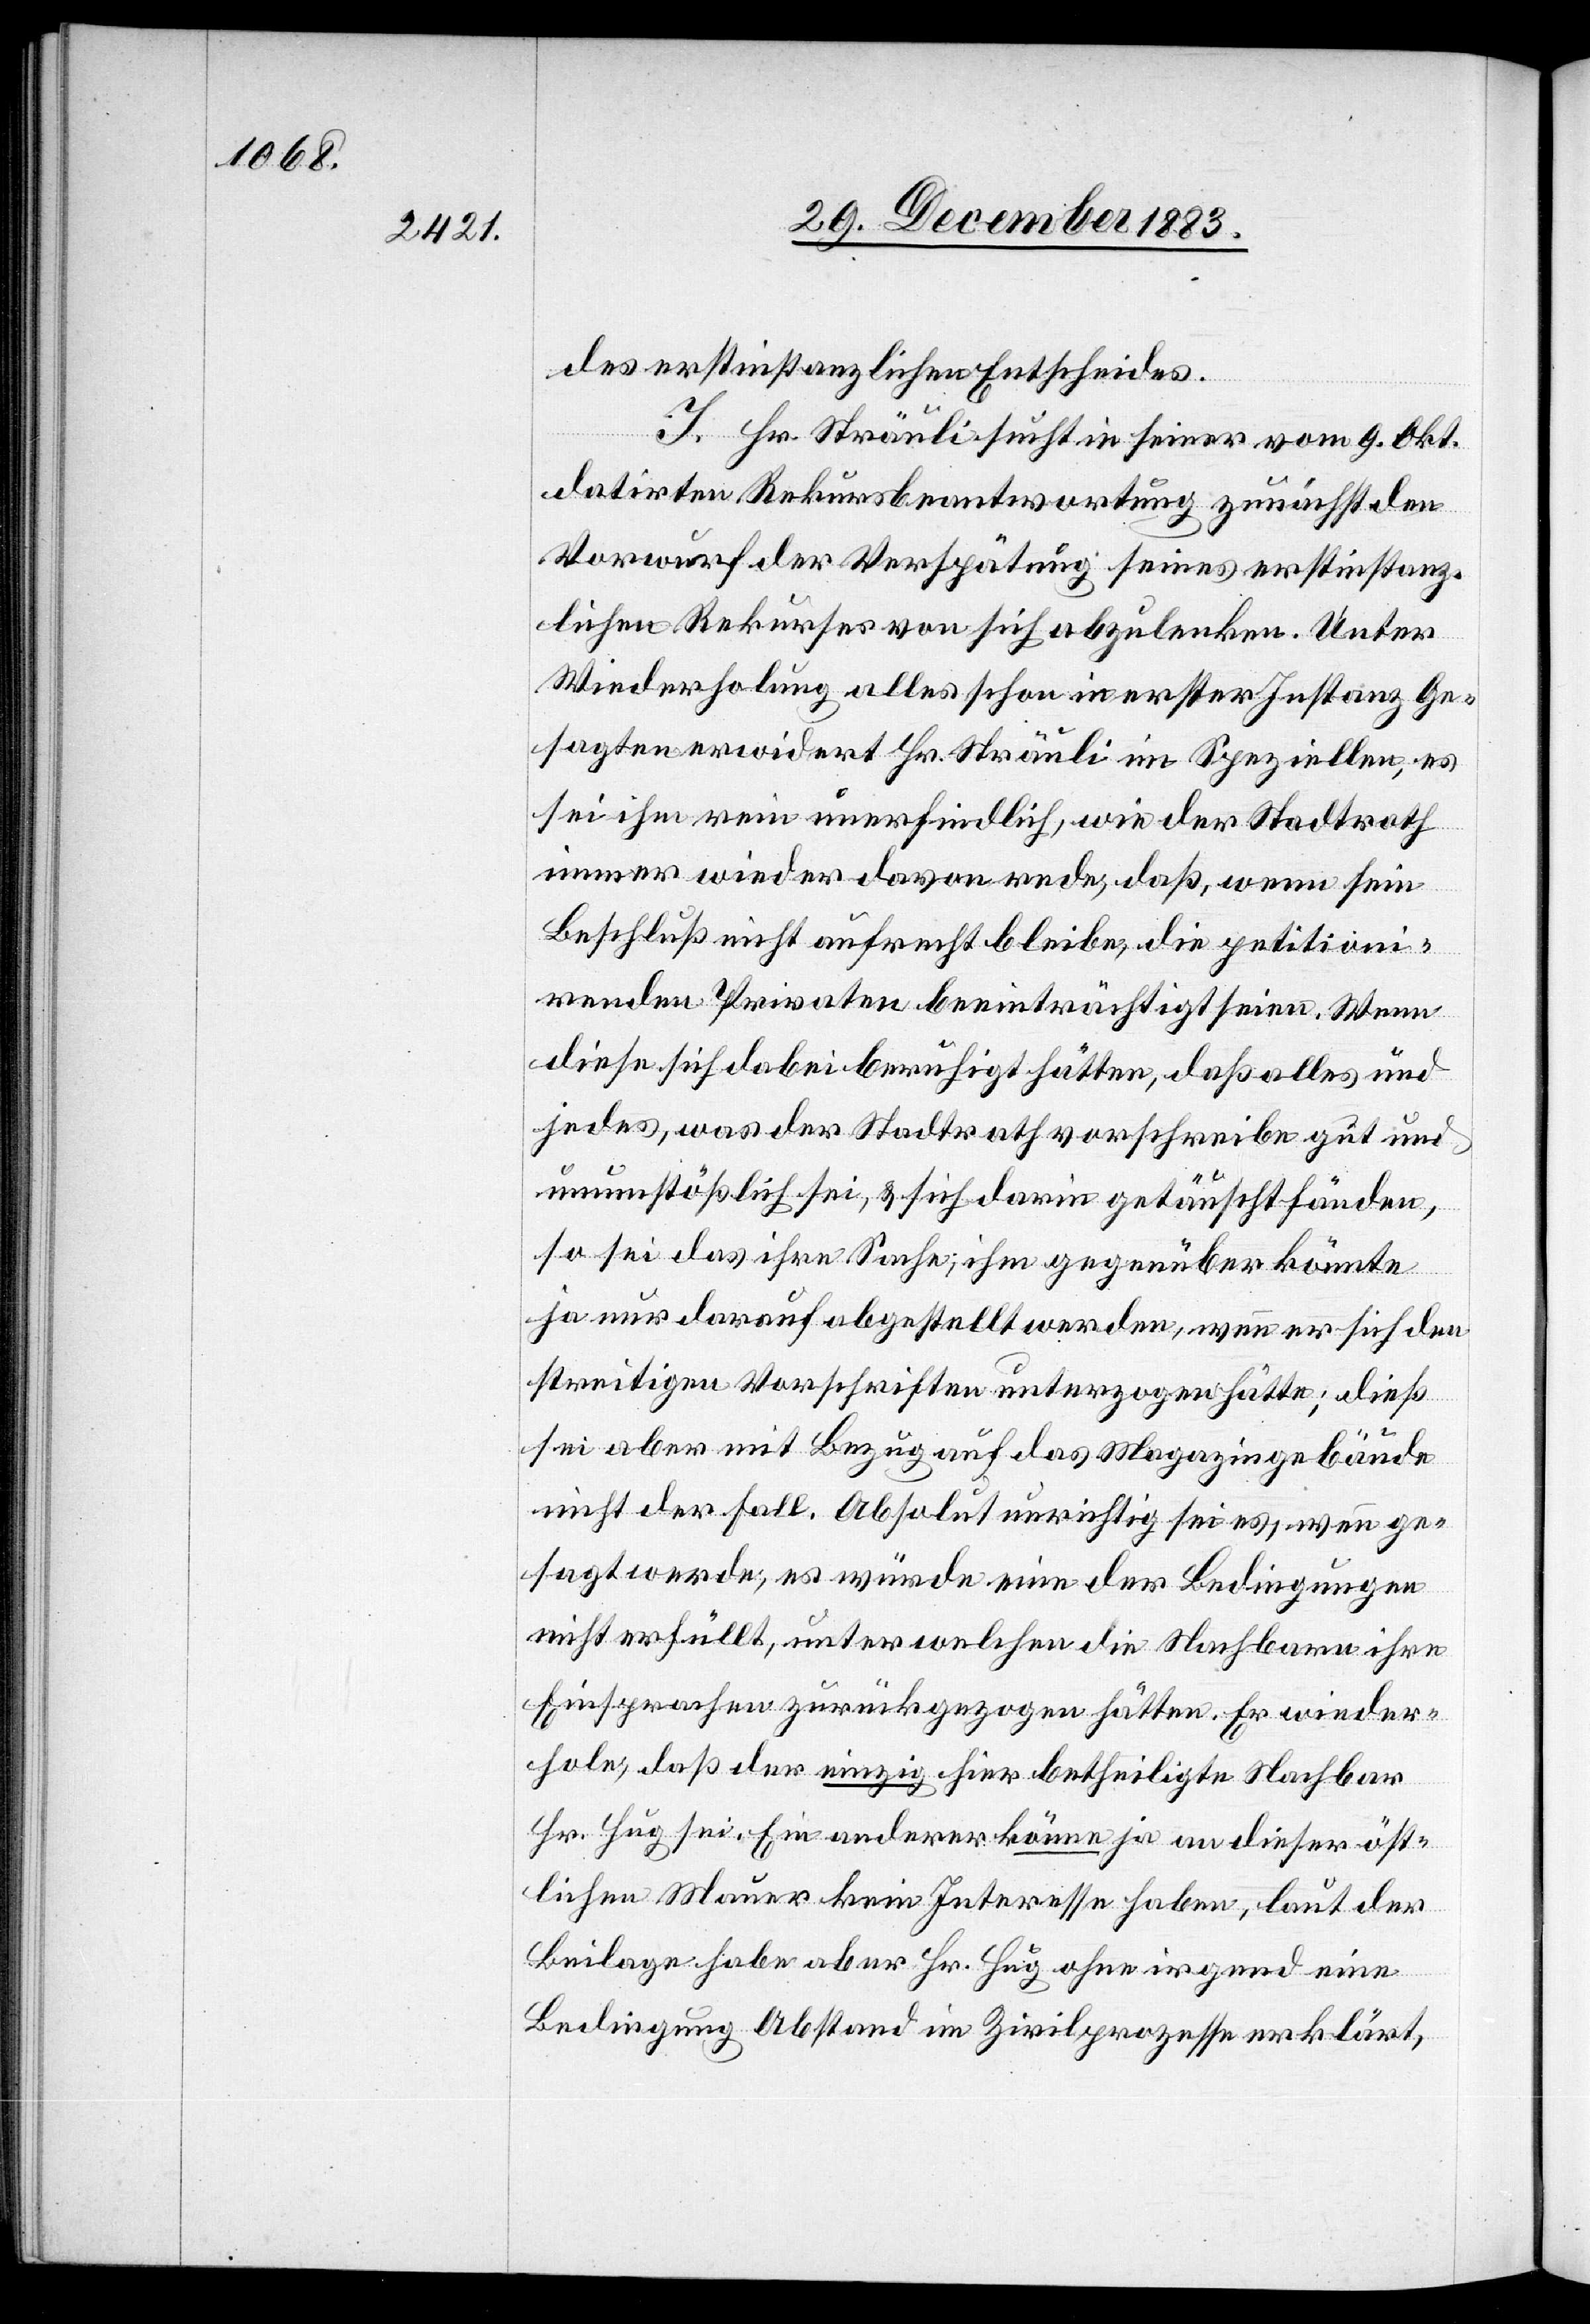
des erstinstanzlichen Entscheides.
I. Hr. Sträuli sucht in seiner vom 9. Okt.
datirten Rekursbeantwortung zunächst den
Vorwurf der Verspätung seines erstinstanz¬
lichen Rekurses von sich abzulenken. Unter
Wiederholung alles schon in erster Instanz Ge¬
sagten erwidert Hr. Sträuli im Speziellen, es
sei ihm rein unerfindlich, wie der Stadtrath
immer wieder davon rede, daß, wenn sein
Beschluß nicht aufrecht bleibe, die petitioni¬
renden Privaten beeinträchtigt seien. Wenn
diese sich dabei beruhigt hätten, daß alles und
jedes, was der Stadtrath vorschreibe gut und
unumstößlich sei, & sich darin getäuscht fänden,
so sei das ihre Sache, ihm gegenüber könnte
ja nur darauf abgestellt werden, wenn er sich den
streitigen Vorschriften unterzogen hätte; dieß
sei aber mit Bezug auf das Magazingebäude
nicht der Fall. Absolut unrichtig sei es, wenn ge¬
sagt werde, es würde eine der Bedingungen
nicht erfüllt, unter welchen die Nachbarn ihre
Einsprachen zurückgezogen hätten. Er wieder¬
holte, daß der einzig hier betheiligte Nachbar
Hr. Hug sei. Ein anderer könne ja an dieser öst¬
lichen Mauer kein Interesse haben, laut der
Beilage habe aber Hr. Hug ohne irgend eine
Bedingung Abstand im Zivilprozesse erklärt,